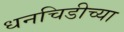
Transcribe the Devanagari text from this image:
धनचिडीच्या